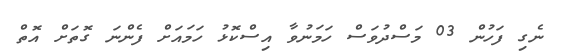
ނެގި ފަހުން 03 މަސްދުވަސް ހަމަނުވާ އިސްކޮޅު ހަމައަށް ފެންނަ ގޮތަށް އޮތް